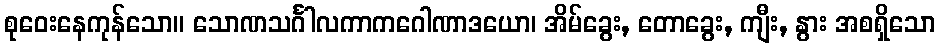
စုဝေးနေကုန်သော။ သောဏသင်္ဂါလကာကဂေါဏာဒယော၊ အိမ်ခွေး, တောခွေး, ကျီး, နွား အစရှိသော